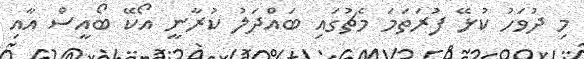
މި ދުވަހު ކުޅޭ ފުރަތަމަ މެޗުގައި ބައްދަލު ކުރާނީ އޯކޭ ބޯއީސް އާއި